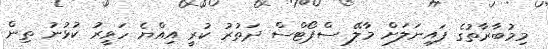
މިމުބާރާތުގެ ފައިނަލަށް މާލޭ ސްޕޯޓްސް ދަތުރު ކުރީ އިއްޔެ ހަވީރު ކުޅުނު ތިން